Ambla_Vallakohus, lk 10
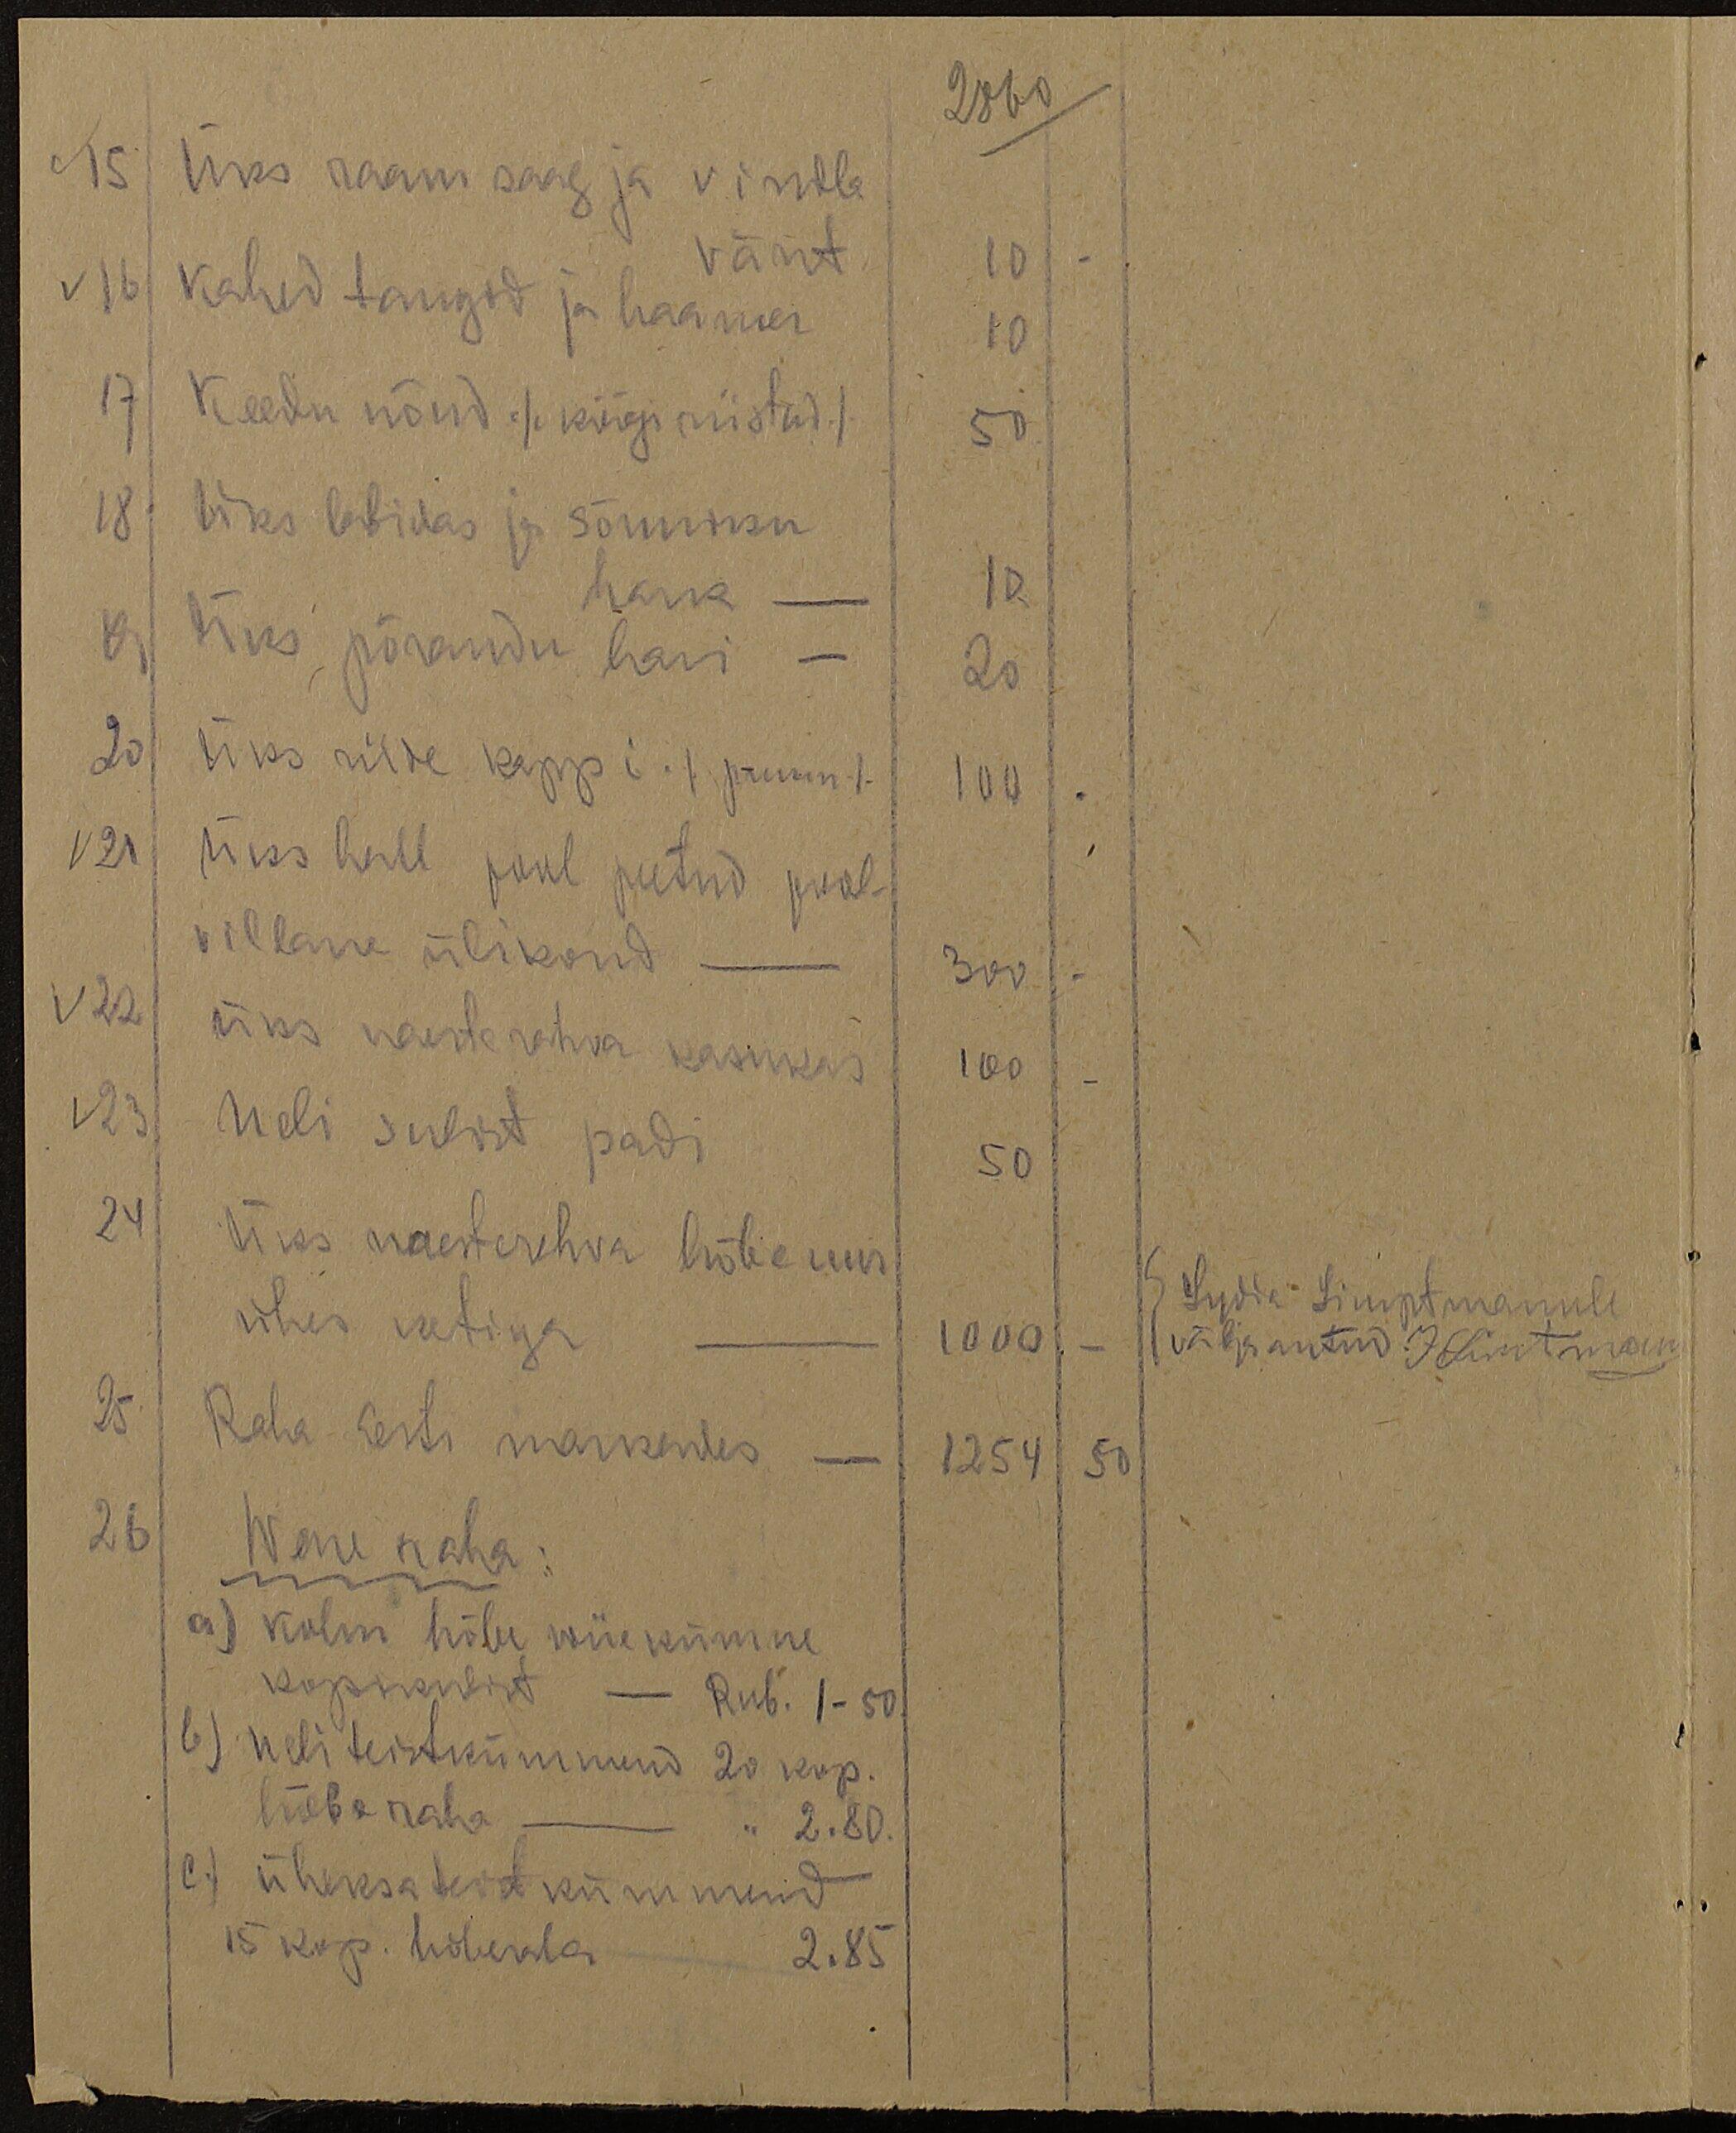
2860
15 Üks raam saag ja vinkle
vänt
v 16 kahed tangid ja haamer
10
10
17 Keedu nõud /köögi riistad/
50
18 Üks labidas ja sõnniku
hark
12
19 Üks põranda hari -
20
20 Üks riide kappi  /pruun/
100
v21
üks hall pool peetud pool-
villane ülikond
V22
300
üks naesterahva kasukas.
100
v23
Neli sulist padi
50
24 Üks naesterehva hõbe uur
ühes ketiga - 1000 -
S. Lydia Simptmannle
välja antud: J. Simtmann
25 Raha Eesti markedes - 1254 50
26
Wene raha:
a) kolm hõbe wiie kümne
kopikalist - Rub. 1-50
b) neli teistkümmend 20 kop.
hõbe raha - " 2.80.
c.) üheksateist kümmend
15 kop. hõberaha 2.85